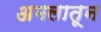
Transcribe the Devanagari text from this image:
अमलातून